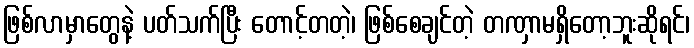
ဖြစ်လာမှာတွေနဲ့ ပတ်သက်ပြီး တောင့်တတဲ့၊ ဖြစ်စေချင်တဲ့ တဏှာမရှိတော့ဘူးဆိုရင်၊